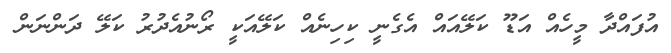
އުފައްދާ މީހެއް އަޑޫ ކަލޭއައް އެގެނީ ކިހިނެއް ކަލޭއަކީ ރޯނުއެދުރު ކަލޭ ދަންނަން